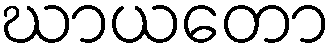
ဃာယတော